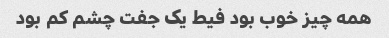
همه چیز خوب بود فیط یک جفت چشم کم بود